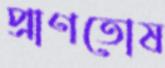
প্রাণতোষ